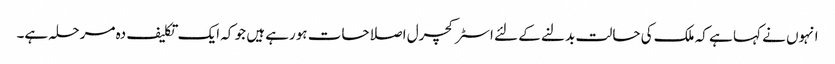
انہوں نے کہا ہے کہ ملک کی حالت بدلنے کے لئے اسٹرکچرل اصلاحات ہورہے ہیں جو کہ ایک تکلیف دہ مرحلہ ہے۔